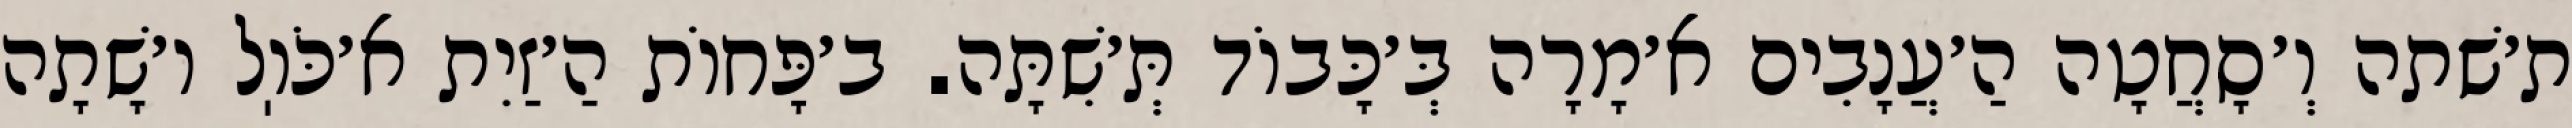
ת׳שׁתה וְ׳סָחֲטָה הַ׳עֲנָבִים א׳מָרָה בְּ׳כָּבוֹד תְּ׳שִׁתָּה. ב׳פָּחוֹת הַ׳זַיִת א׳כֹּוֽל ו׳שָׁתָה